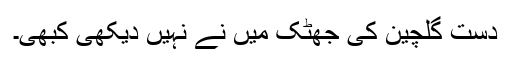
دستِ گلچین کی جھٹک میں نے نہیں دیکھی کبھی۔